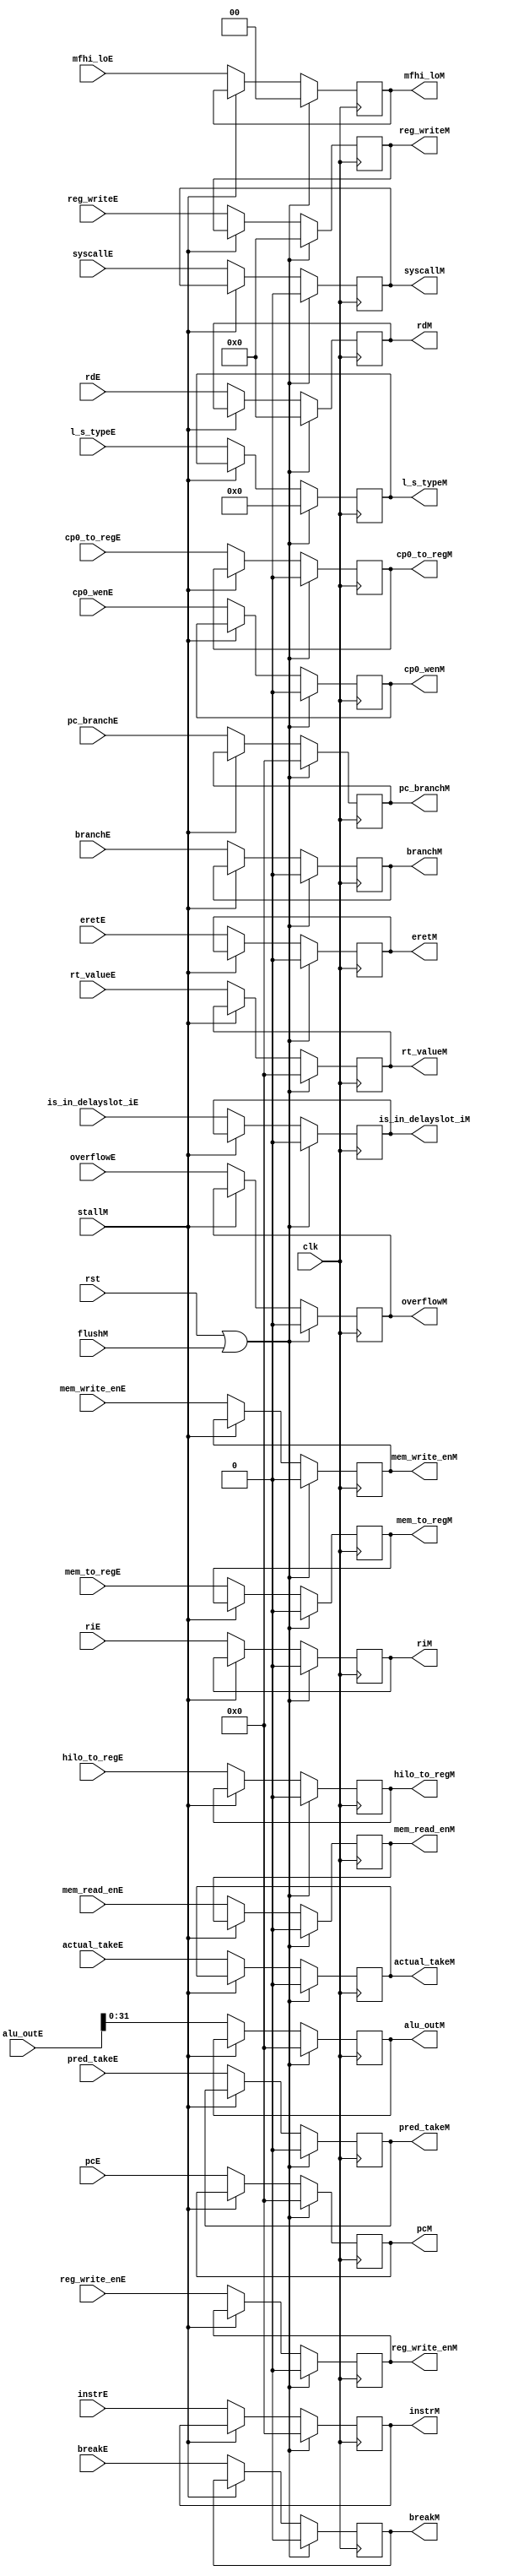
module ex_mem (
    input wire clk, rst,flushM,
    input wire stallM,
    input wire [31:0] pcE,
    input wire [63:0] alu_outE,
    input wire [31:0] rt_valueE,
    input wire [4:0] reg_writeE,
    input wire [31:0] instrE,
    input wire branchE,
    input wire pred_takeE,
    input wire [31:0] pc_branchE,
    input wire overflowE,
    input wire is_in_delayslot_iE,
    input wire [4:0] rdE,
    input wire actual_takeE,
    input wire [7:0] l_s_typeE,
    input wire [1:0] mfhi_loE,
    input wire mem_read_enE, 	
    input wire mem_write_enE,    
    input wire reg_write_enE,     
    input wire mem_to_regE,   	
    input wire hilo_to_regE, 	
    input wire riE,  			
    input wire breakE,   		
    input wire syscallE, 		
    input wire eretE,    		
    input wire cp0_wenE, 		
    input wire cp0_to_regE,  	

    output reg [31:0] pcM,
    output reg [31:0] alu_outM,
    output reg [31:0] rt_valueM,
    output reg [4:0] reg_writeM,
    output reg [31:0] instrM,
    output reg branchM,
    output reg pred_takeM,
    output reg [31:0] pc_branchM,
    output reg overflowM,        
    output reg is_in_delayslot_iM,
    output reg [4:0] rdM,
    output reg actual_takeM,
    output reg [7:0] l_s_typeM,
    output reg [1:0] mfhi_loM,
    output reg mem_read_enM,	
    output reg mem_write_enM,
    output reg reg_write_enM, 
    output reg mem_to_regM, 	
    output reg hilo_to_regM,	
    output reg riM,			
    output reg breakM,		
    output reg syscallM,		
    output reg eretM,		
    output reg cp0_wenM,		
    output reg cp0_to_regM	
);

    always @(posedge clk) begin
        if(rst | flushM) begin
            pcM                     <=              0;
            alu_outM                <=              0;
            rt_valueM               <=              0;
            reg_writeM              <=              0;
            instrM                  <=              0;
            branchM                 <=              0;
            pred_takeM              <=              0;
            pc_branchM              <=              0;
            overflowM               <=              0;
            is_in_delayslot_iM      <=              0;
            rdM                     <=              0;
            actual_takeM            <=              0;
            l_s_typeM               <=              0;
            mfhi_loM                <=              0;
            mem_read_enM	        <=              0;
			mem_write_enM	        <=              0;
			reg_write_enM	        <=              0;
			mem_to_regM		        <=              0;
			hilo_to_regM	        <=              0;
			riM				        <=              0;
			breakM			        <=              0;
			syscallM		        <=              0;
			eretM			        <=              0;
			cp0_wenM		        <=              0;
			cp0_to_regM		        <=              0;
        end
        else if(~stallM) begin
            pcM                     <=      pcE                 ;
            alu_outM                <=      alu_outE[31:0]      ;
            rt_valueM               <=      rt_valueE           ;
            reg_writeM              <=      reg_writeE          ;
            instrM                  <=      instrE              ;
            branchM                 <=      branchE             ;
            pred_takeM              <=      pred_takeE          ;
            pc_branchM              <=      pc_branchE          ;
            overflowM               <=      overflowE           ;
            is_in_delayslot_iM      <=      is_in_delayslot_iE  ;
            rdM                     <=      rdE                 ;
            actual_takeM            <=      actual_takeE        ;
            l_s_typeM               <=      l_s_typeE           ;
            mfhi_loM                <=      mfhi_loE            ;
            mem_read_enM	        <=      mem_read_enE		;
            mem_write_enM	        <=      mem_write_enE	    ;
            reg_write_enM	        <=      reg_write_enE 	    ;
            mem_to_regM		        <=      mem_to_regE 		;
            hilo_to_regM	        <=      hilo_to_regE		;
            riM				        <=      riE				    ;
            breakM			        <=      breakE			    ;
            syscallM		        <=      syscallE			;
            eretM			        <=      eretE			    ;
            cp0_wenM		        <=      cp0_wenE			;
            cp0_to_regM		        <=      cp0_to_regE		    ;
        end
    end


    // // EX-MEM flow
    // always@(posedge clk) begin
	// 	if(rst | flushM) begin
	// 		mem_read_enM	<= 0;
	// 		mem_write_enM	<= 0;
	// 		reg_write_enM	<= 0;
	// 		mem_to_regM		<= 0;
	// 		hilo_to_regM	<= 0;
	// 		riM				<= 0;
	// 		breakM			<= 0;
	// 		syscallM		<= 0;
	// 		eretM			<= 0;
	// 		cp0_wenM		<= 0;
	// 		cp0_to_regM		<= 0;
	// 	end
	// 	else if(~stallM) begin
	// 		mem_read_enM	<= mem_read_enE		;
	// 		mem_write_enM	<= mem_write_enE	;
	// 		reg_write_enM	<= reg_write_enE 	;
	// 		mem_to_regM		<= mem_to_regE 		;
	// 		hilo_to_regM	<= hilo_to_regE		;
	// 		riM				<= riE				;
	// 		breakM			<= breakE			;
	// 		syscallM		<= syscallE			;
	// 		eretM			<= eretE			;
	// 		cp0_wenM		<= cp0_wenE			;
	// 		cp0_to_regM		<= cp0_to_regE		;
	// 	end
    // end
endmodule